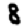
Digit: 8